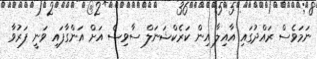
ނަމަވެސް ރައްދުގައި އާއިލާ އިން ކަރެކްޝަނަލް ސާވިސް އަށް އަންގާފައި ވަނީ ފަރުވާ